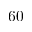
6 0